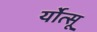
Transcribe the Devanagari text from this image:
र्योत्सू